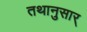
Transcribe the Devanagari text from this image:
तथानुसार्